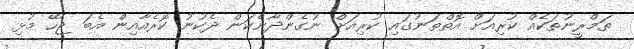
ތަމްރީނުތަކެއް ކުރިއަށް އޮތްތަނުގައި ކުރިއަށް ނުގެންދާނެކަން ދެކުނު ކޮރެއާއިން އެބަ ޖެހޭ މުޅި